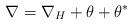
LaTeX: \begin{align*}\nabla = \nabla_H + \theta +\theta^*\end{align*}